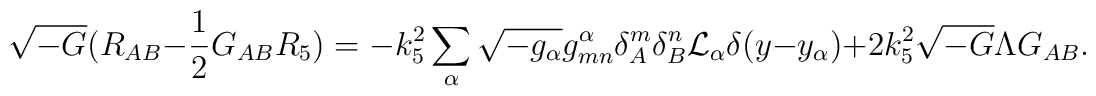
\sqrt{-G}(R_{AB}-\frac{1}{2}G_{AB}R_5)=-k_5^2\sum_\alpha \sqrt{-g_\alpha}g_{mn}^\alpha\delta^m_A\delta^n_B{\cal L}_\alpha \delta(y-y_\alpha)+2k_5^2\sqrt{-G}\Lambda G_{AB}.